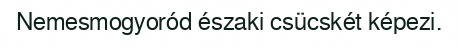
Nemesmogyoród északi csücskét képezi.